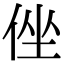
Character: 侳